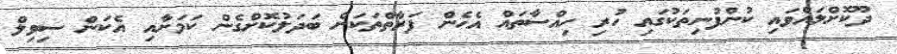
ދޫކޮށްލައްވައި ކުންފުނިތަކުގައި ހުރި ހިއްސާތައް އެހެން ފަރާތްތަކަށް ބަދަލުކޮށްގެން ކަމަށާއި އެކަން ސިވިލް